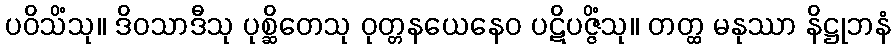
ပဝိသိံသု။ ဒိဝသာဒီသု ပုစ္ဆိတေသု ဝုတ္တနယေနေဝ ပဋိပဇ္ဇိံသု။ တတ္ထ မနုဿာ နိဋ္ဌုဘနံ